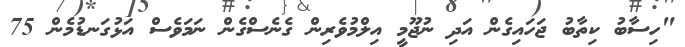
"ހިސާބު ކިތާބު ޖަހައިގެން އަދި ނުޖޫމީ އިލްމުވެރިން ގެނެސްގެން ނަމަވެސް އަޅުގަނޑުމެން 75